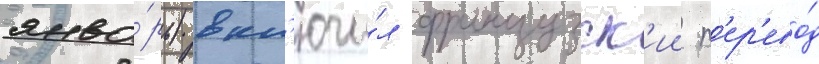
янва́рь) вкл'ючи́л французск'ии п'ер'ево́д